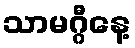
သာမဂ္ဂီနေ့